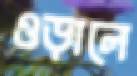
ওড়ালে